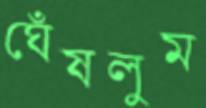
ঘেঁষলুম